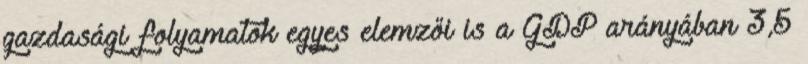
gazdasági folyamatok egyes elemzői is a GDP arányában 3,5